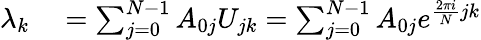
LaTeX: \begin{array}{rl}{\lambda_{k}}&{{}=\sum_{j=0}^{N-1}A_{0j}U_{jk}=\sum_{j=0}^{N-1}A_{0j}e^{\frac{2\pi i}{N}jk}}\end{array}